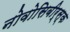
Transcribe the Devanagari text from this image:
नोवोसिबीर्स्क